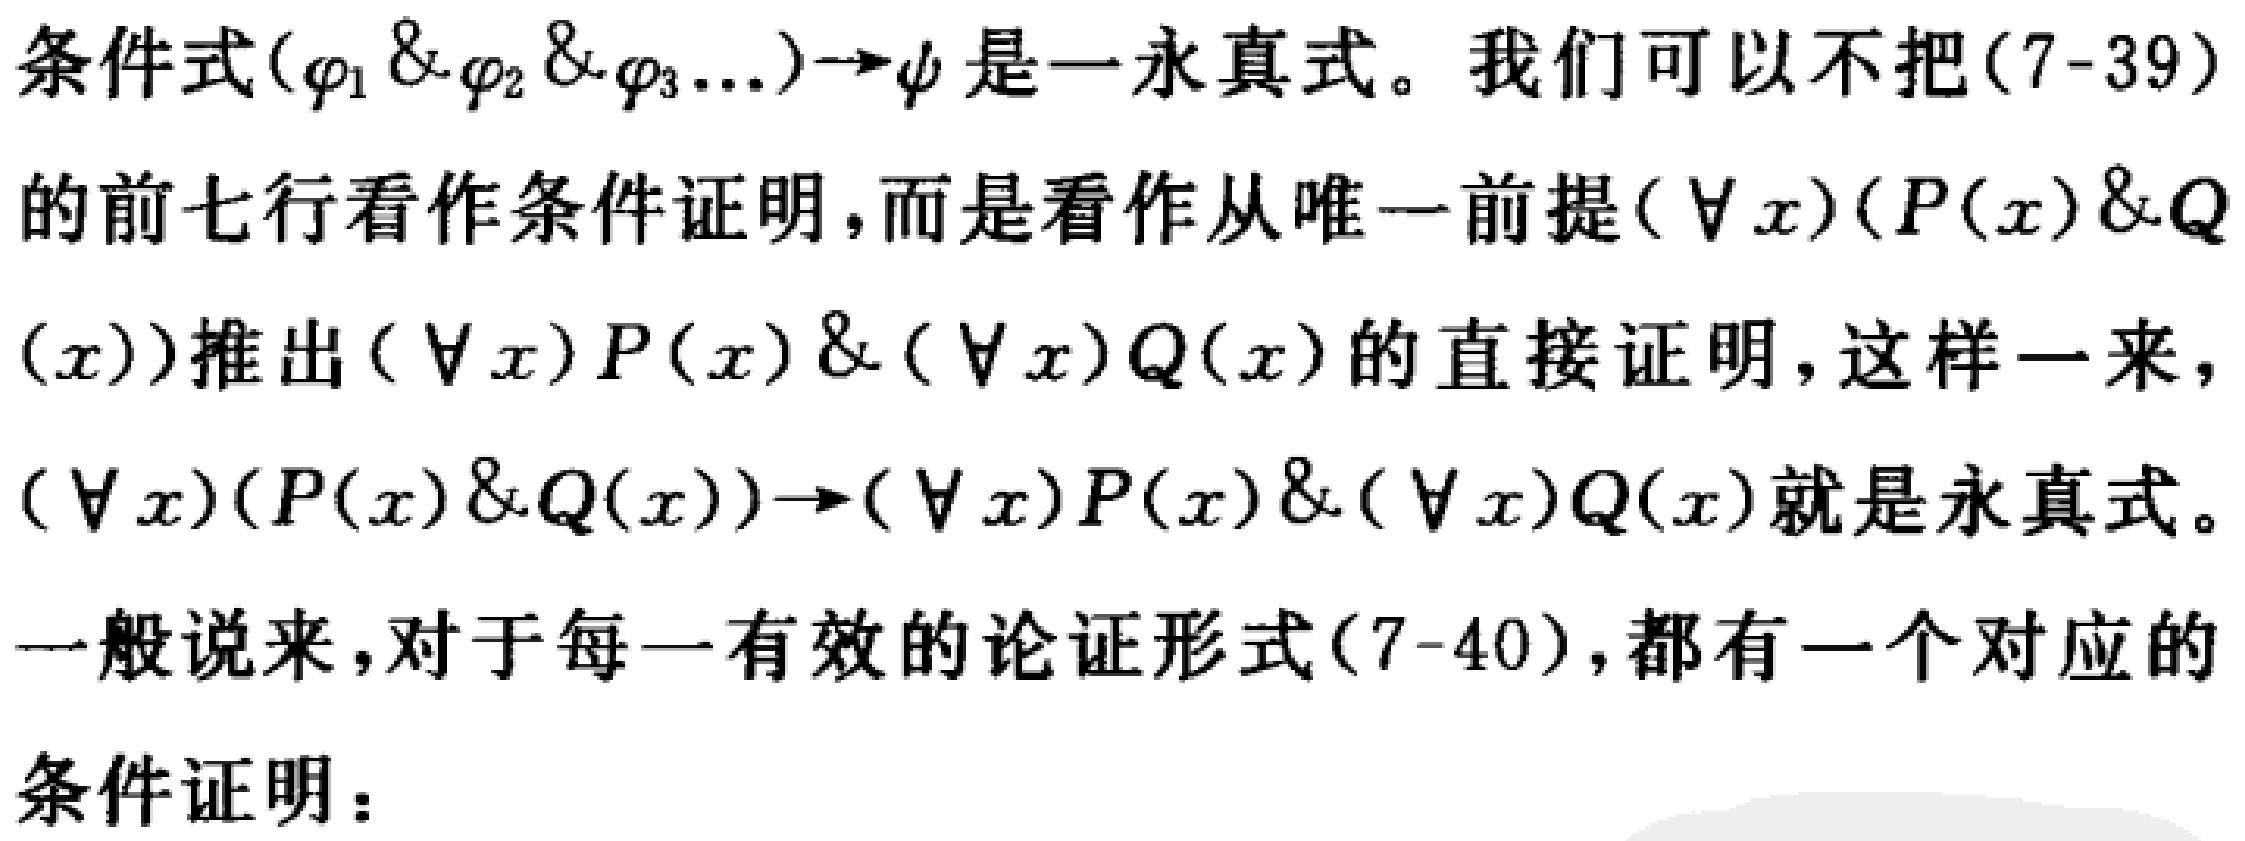
条件式\((\varphi_1 \& \varphi_2 \& \varphi_3\ldots)\to\psi\)是一永真式。我们可以不把(7 - 39)的前七行看作条件证明，而是看作从唯一前提\((\forall x)(P(x)\&Q(x))\)推出\((\forall x)P(x)\&(\forall x)Q(x)\)的直接证明，这样一来，\((\forall x)(P(x)\&Q(x))\to(\forall x)P(x)\&(\forall x)Q(x)\)就是永真式。
一般说来，对于每一有效的论证形式(7 - 40)，都有一个对应的
条件证明：